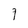
Character: 9